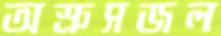
অস্রুসজল